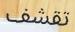
تقشف